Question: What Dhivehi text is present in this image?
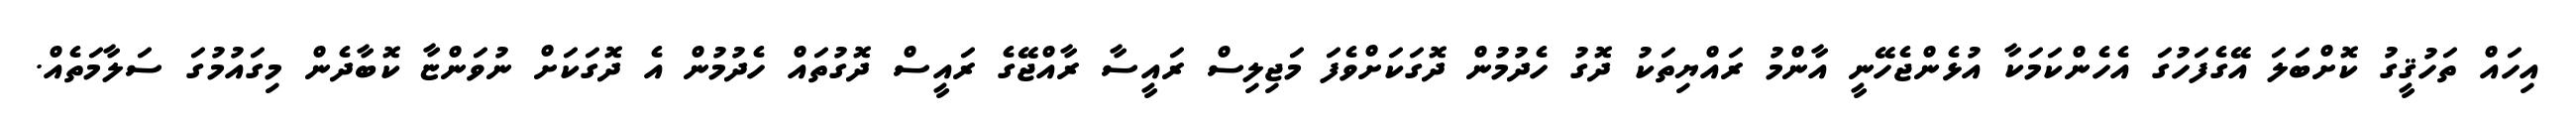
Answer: އިހައް ތަހުޤީގު ކޮށްބަލަ އޭގެފަހުގަ އެހެންކަމަކާ އުޅެންޖެހޭނީ އާންމު ރައްޔިތަކު ދޮގު ހެދުމުން ދޮގަކަށްވެފަ މަޖިލިސް ރައީސާ ރާއްޖޭގެ ރައީސް ދޮގުތައް ހެދުމުން އެ ދޮގަކަށް ނުވަންޏާ ކޮބާދެން މިގައުމުގަ ސަލާމަތެއް.